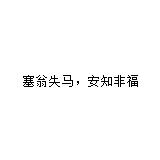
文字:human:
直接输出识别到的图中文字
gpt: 塞翁失马，安知非福